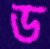
ড